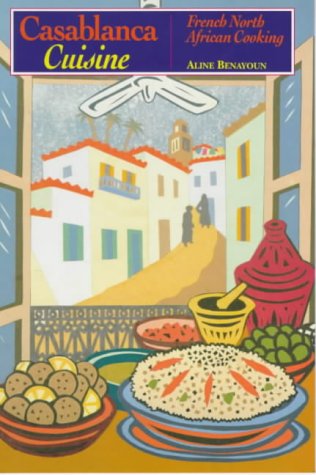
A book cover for Casablanca Cuisine: French North African Cooking; Aline Benayoun; Cookbooks, Food & Wine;